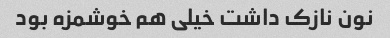
نون نازک داشت خیلی هم خوشمزه بود